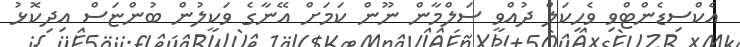
އެކްސިޑެންޓްވި ވެހިކަލް ދުއްވީ ސަލްމާން ނޫން ކަމަށް އޭނާގެ ވަކީލުން ބުންޏަސް އިދިކޮޅު